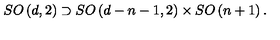
S O \left( d , 2 \right) \supset S O \left( d - n - 1 , 2 \right) \times S O \left( n + 1 \right) .